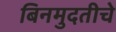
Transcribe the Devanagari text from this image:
बिनमुदतीचे